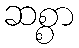
ဆစ္စာ